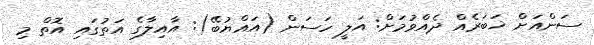
ސަންއަށް ޚަބަރެއް ދެއްވުމަށް: އަލީ ހަސަން (އައްޔުބޭ): އާއިލާގެ އަތުގައި އޮތް މި